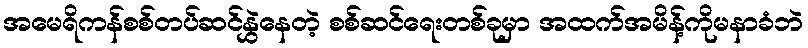
အမေရိကန်စစ်တပ်ဆင်နွှဲနေတဲ့ စစ်ဆင်ရေးတစ်ခုမှာ အထက်အမိန့်ကိုမနာခံဘဲ